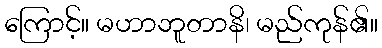
ကြောင့်။ မဟာဘူတာနိ၊ မည်ကုန်၏။